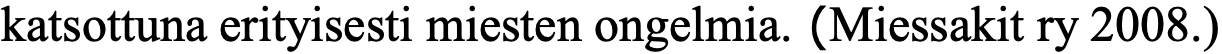
katsottuna erityisesti miesten ongelmia. (Miessakit ry 2008.)